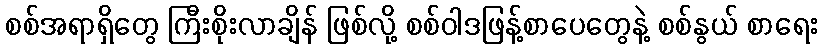
စစ်အရာရှိတွေ ကြီးစိုးလာချိန် ဖြစ်လို့ စစ်ဝါဒဖြန့်စာပေတွေနဲ့ စစ်နွယ် စာရေး